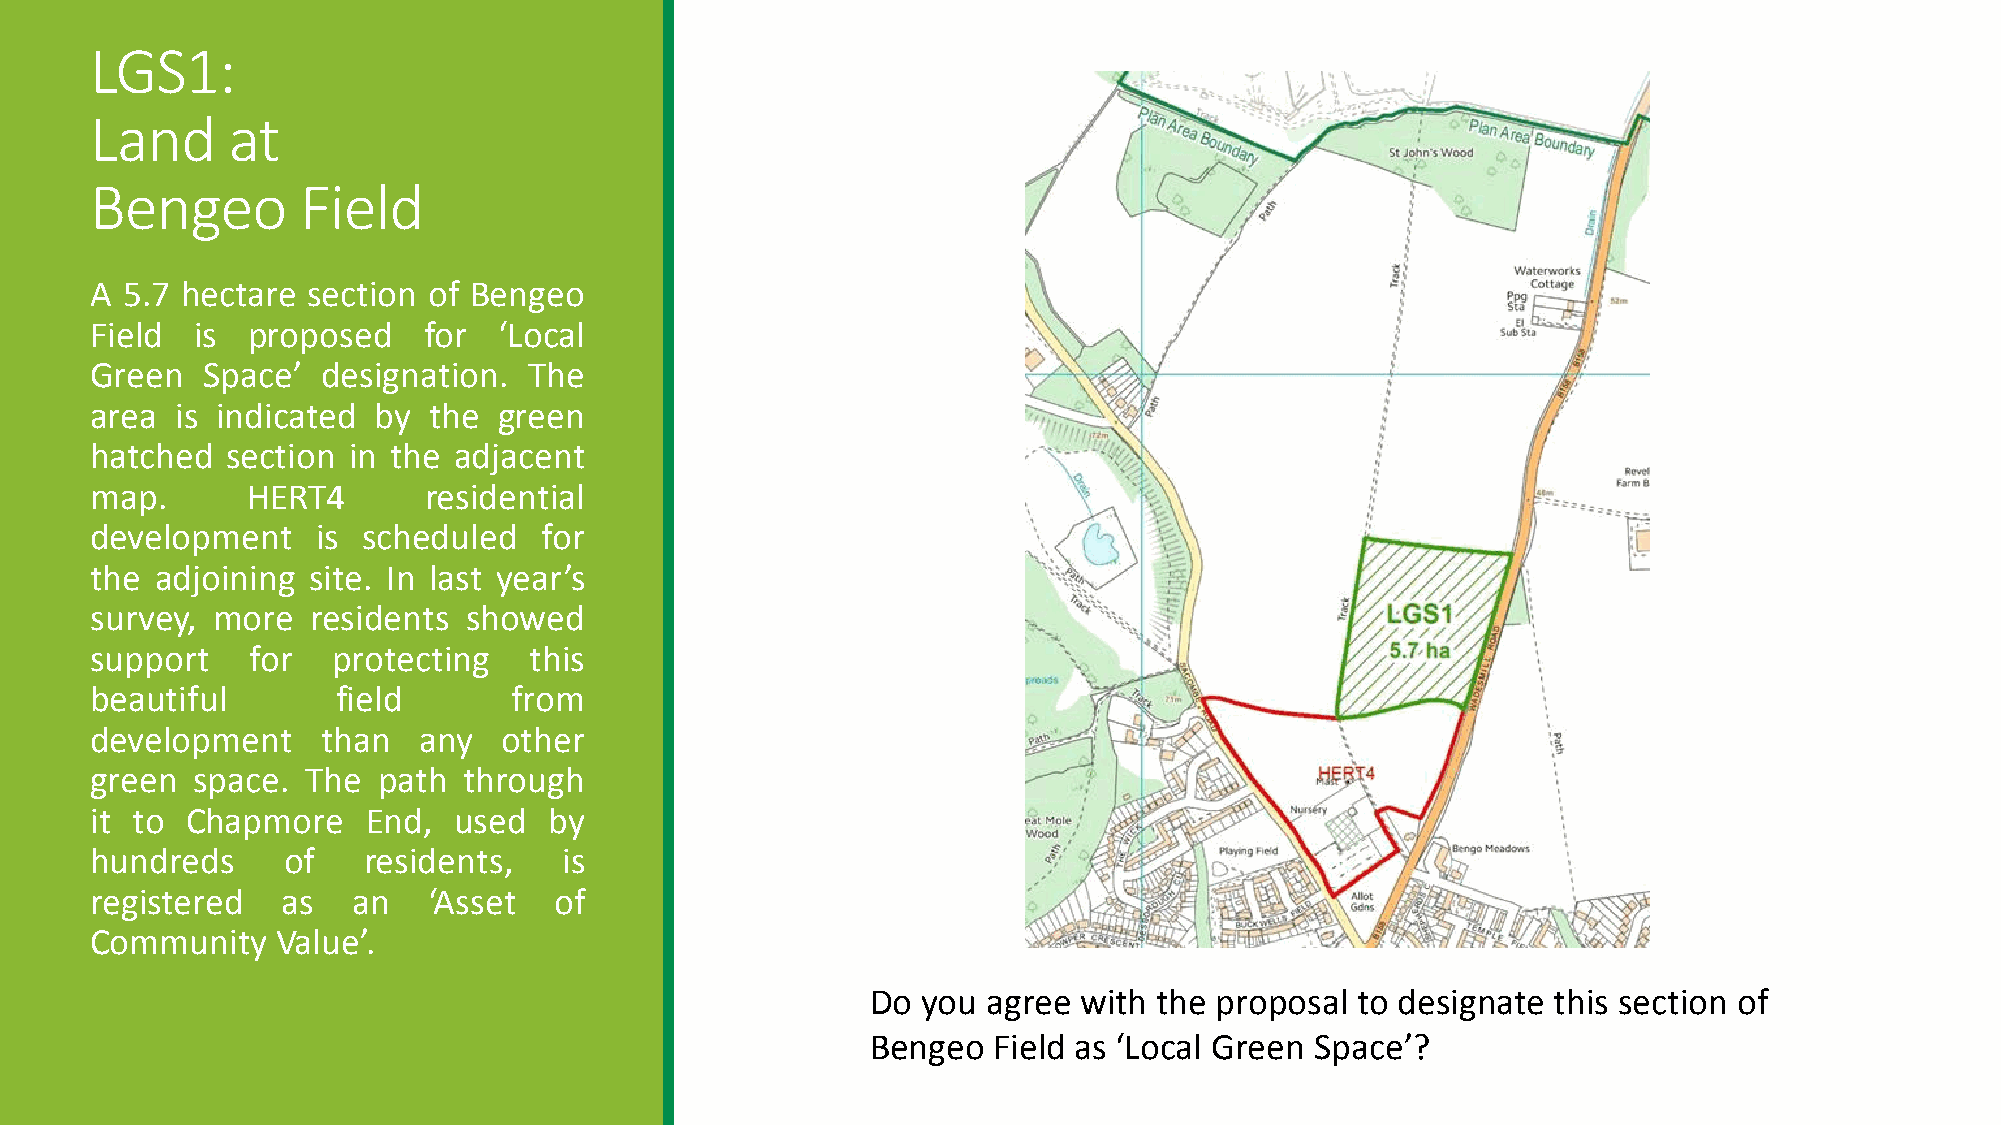
LGS1:
 Land     at
 Bengeo        Field
 A 5.7 hectare section of Bengeo
 Field  is proposed    for  ‘Local
 Green  Space’  designation.  The
 area  is indicated by the  green
 hatched  section in the adjacent
 map.      HERT4       residential
 development    is scheduled   for
 the adjoining site. In last year’s
 survey, more   residents showed
 support   for   protecting   this
 beautiful       field       from
 development    than   any  other
 green  space. The  path  through
 it to Chapmore    End,  used  by
 hundreds     of   residents,   is
 registered   as  an   ‘Asset   of
 Community   Value’.
 Do you agree with  the proposal to designate this section of
 Bengeo  Field as ‘Local Green Space’?